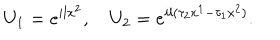
LaTeX: U _ { 1 } = e ^ { i l x ^ { 2 } } , \quad U _ { 2 } = e ^ { i l ( \tau _ { 2 } x ^ { 1 } - \tau _ { 1 } x ^ { 2 } ) } .